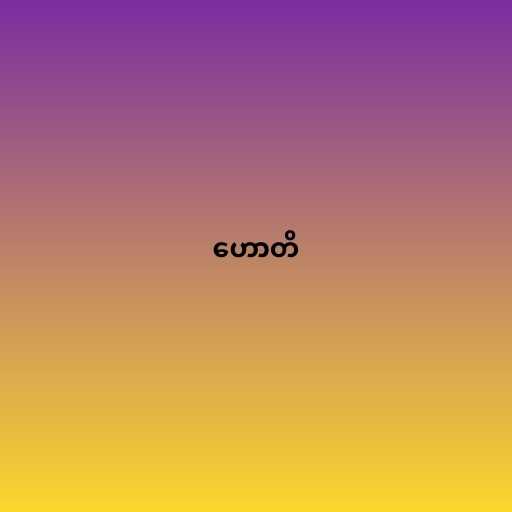
ဟောတိ